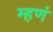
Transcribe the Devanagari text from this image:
म्हणं